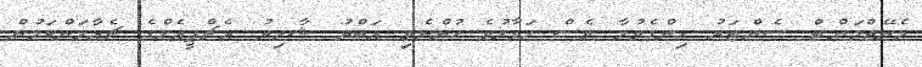
މެނޭޖްމަންޓް ސެންޓަރު ހިންގެވުމާ ވެސް ހަވާލުވެ ހުންނެވި އަބްދު ޝާހިދު އެޗްޕީއެލްގެ ޗެއާމަންކަމުން